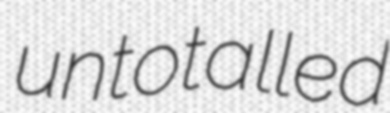
untotalled